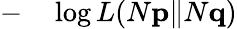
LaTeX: \begin{array}{rl}{-}&{{}\log L(N\mathbf{p}\| N\mathbf{q})}\end{array}